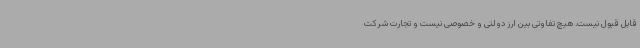
قابل قبول نیست. هیچ تفاوتی بین ارز دولتی و خصوصی نیست و تجارت شرکت